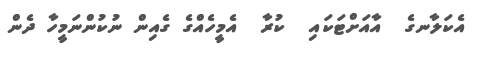
އެކަލާނގެ  އާއަށްޓަކައި  ކުރާ  އެމީހެއްގެ ގެއިން ނުކުންނަމީހާ ދެން